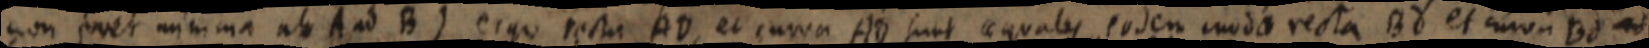
non foret minima ab A ad B) ergo recta AD, et curva AD sunt aequales eodem modo recta Bd et curva Bd ad